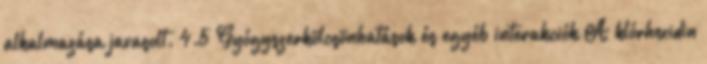
alkalmazása javasolt. 4.5 Gyógyszerkölcsönhatások és egyéb interakciók A klórhexidin